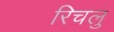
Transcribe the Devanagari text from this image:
रिचलु